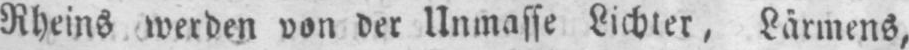
Rheins werden von der Unmasse Lichter, Lärmens,